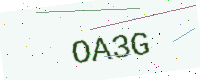
Text: OA3G